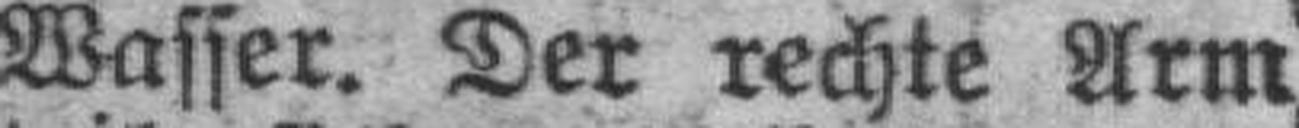
Wasser. Der rechte Arm